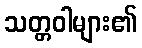
သတ္တဝါများ၏